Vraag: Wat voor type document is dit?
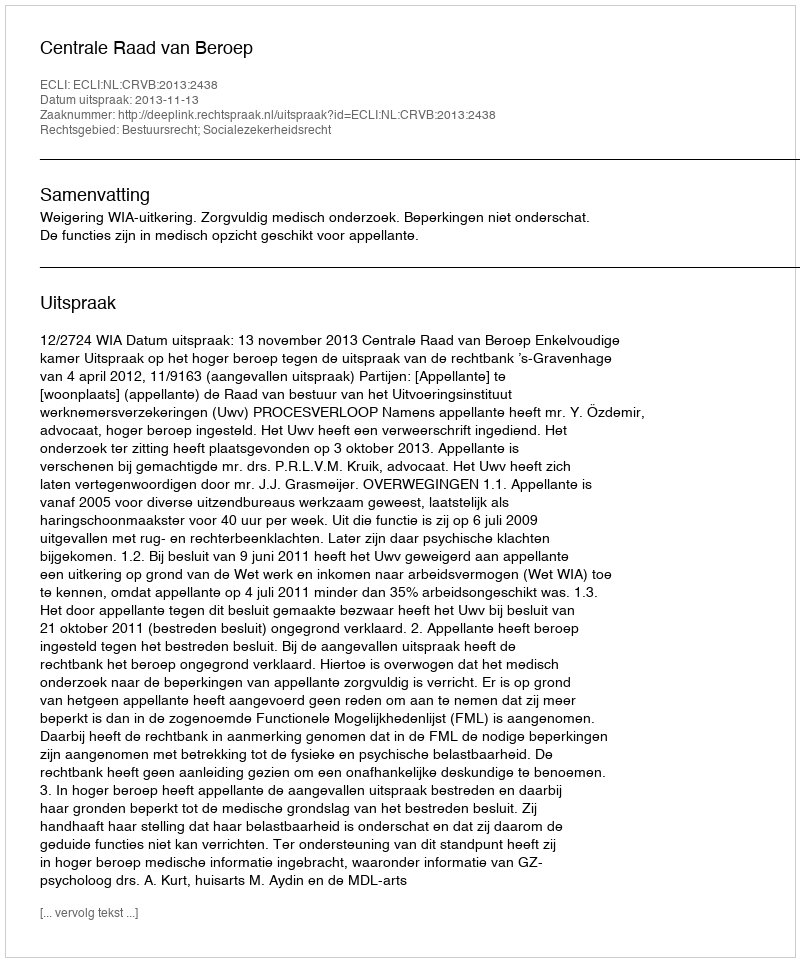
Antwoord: Uitspraak